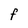
Character: F